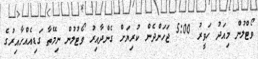
ވޯޓްލުން މިއަދު ހަވީރު 5:00 ޖަހަންދެން ކުރިޔަށް ގެންދާއިރު ވޯޓުލުން ނިމޭތާ ގަޑިއެއްހާއިރުގެ